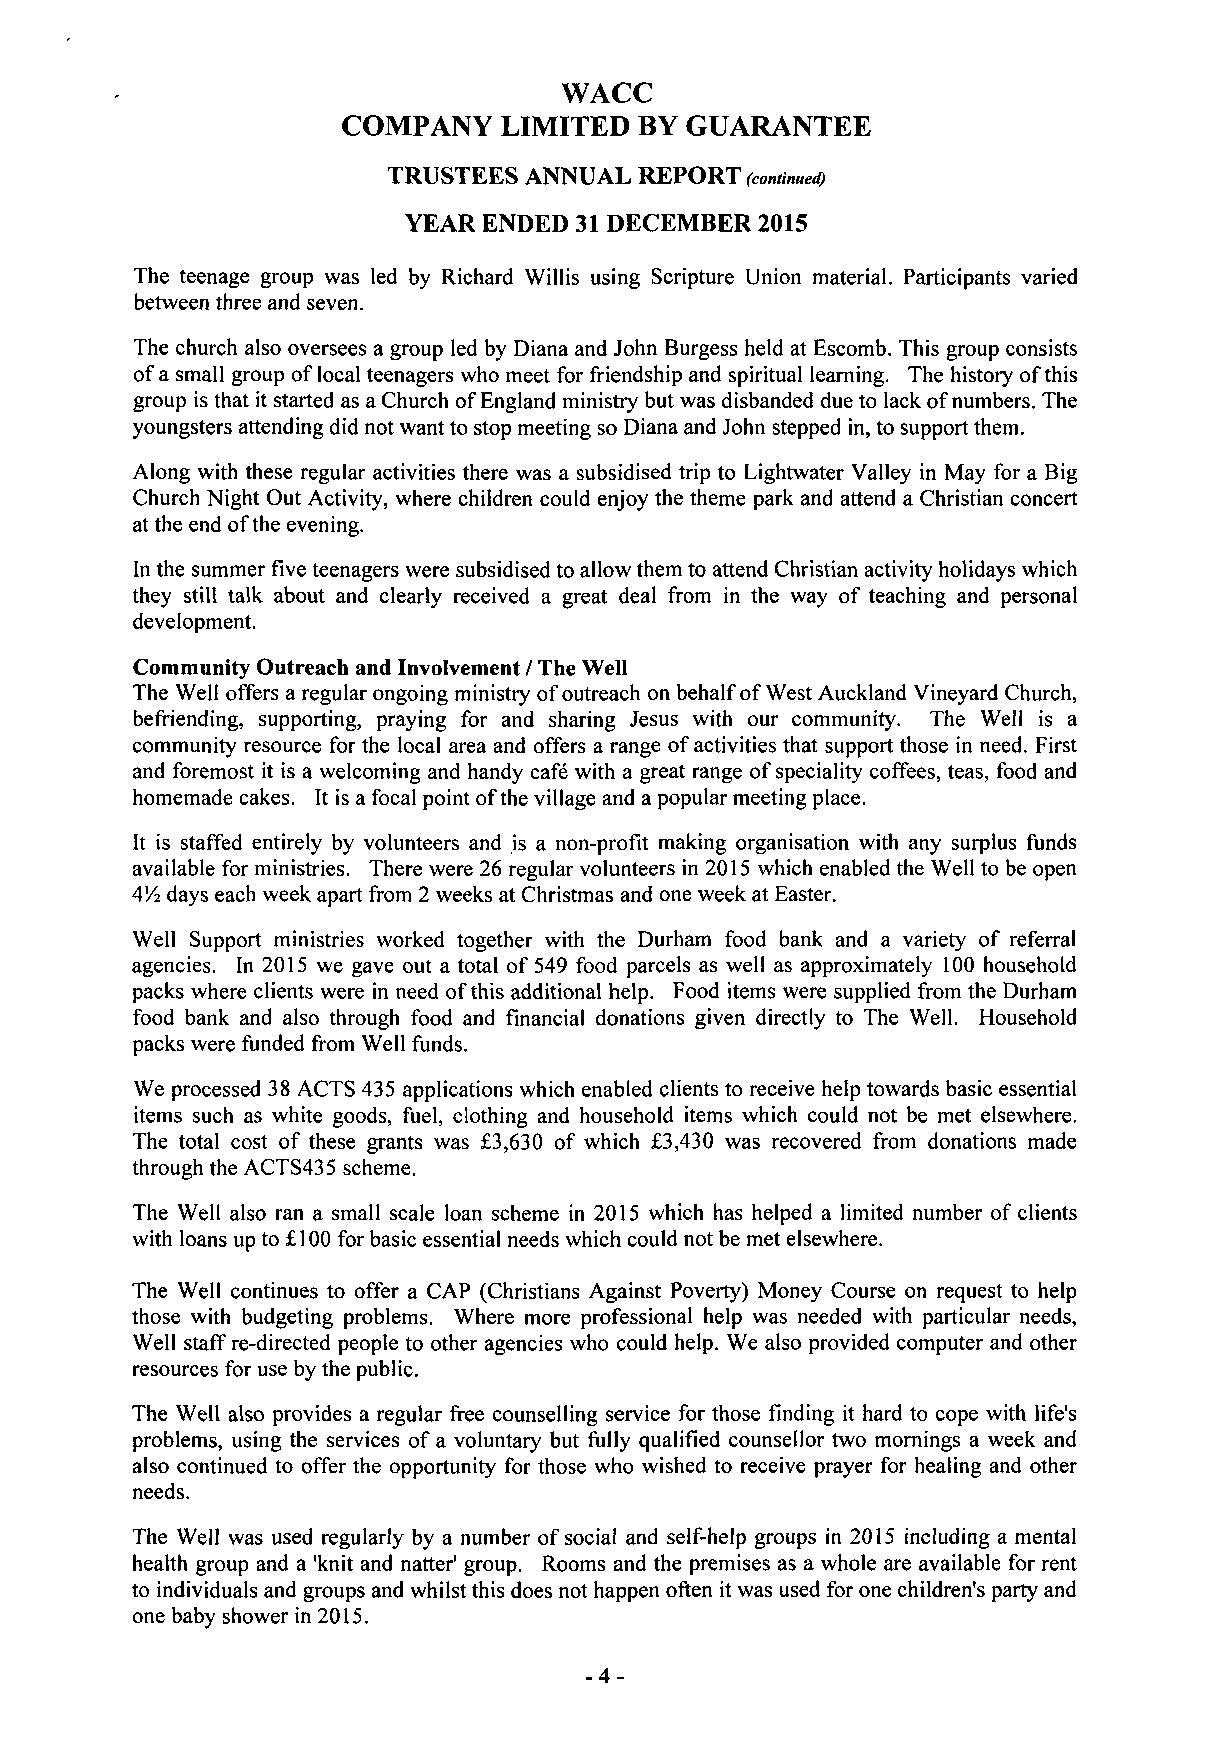
WACC
 COMPANY   LIMITED  BY GUARANTEE
 TRUSTEES ANNUAL REPORT (continued)
 YEAR ENDED 31 DECEMBER 2015
 The teenage group was led by Richard Willis using Scripture Union material. Participants varied
 between three and seven.
 The church also oversees a group led by Diana and John Burgess held at Escomb. This group consists
 of a small group of local teenagers who meet for friendship and spiritual learning. The history of this
 group is that it started as a Church ofEngland ministry but was disbanded due to lack of numbers. The
 youngsters attending did not want to stop meeting so Diana and John stepped in, to support them.
 Along with these regular activities there was a subsidised trip to Lightwater Valley in May for a Big
 Church Night Out Activity, where children could enjoy the theme park and attend a Christian concert
 at the end of the evening.
 In the summer five teenagers were subsidised to allow them to attend Christian activity holidays which
 they still talk about and clearly received a great deal from in the way of teaching and personal
 development.
 Community Outreach and Involvement / The Well
 The Well offers a regular ongoing ministry of outreach on behalf of West Auckland Vineyard Church,
 befriending, supporting, praying for and sharing Jesus with our community. The Well is a
 community resource for the local area and offers a range of activities that support those in need. First
 and foremost it is a welcoming and handy cafe with a great range of speciality coffees, teas, food and
 homemade cakes. It is a focal point of the village and a popular meeting place.
 It is staffed entirely by volunteers and is a non-profit making organisation with any surplus funds
 available for ministries. There were 26 regular volunteers in 2015 which enabled the Well to be open
 4/4 days each week apart from 2 weeks at Christmas and one week at Easter.
 Well Support ministries worked together with the Durham food bank and a variety of referral
 agencies. In 2015 we gave out a total of 549 food parcels as well as approximately 100 household
 packs where clients were in need of this additional help. Food items were supplied from the Durham
 food bank and also through food and financial donations given directly to The Well. Household
 packs were funded from Well funds.
 We processed 38 ACTS 435 applications which enabled clients to receive help towards basic essential
 items such as white goods, fuel, clothing and household items which could not be met elsewhere.
 The total cost of these grants was £3,630 of which £3,430 was recovered from donations made
 through the ACTS435 scheme.
 The Well also ran a small scale loan scheme in 2015 which has helped a limited number of clients
 with loans up to £100 for basic essential needs which could not be met elsewhere.
 The Well continues to offer a CAP (Christians Against Poverty) Money Course on request to help
 those with budgeting problems. Where more professional help was needed with particular needs,
 Well staff re-directed people to other agencies who could help. We also provided computer and other
 resources for use by the public.
 The Well also provides a regular free counselling service for those finding it hard to cope with life's
 problems, using the services of a voluntary but fully qualified counsellor two mornings a week and
 also continued to offer the opportunity for those who wished to receive prayer for healing and other
 needs.
 The Well was used regularly by a number of social and self-help groups in 2015 including a mental
 health group and a 'knit and natter' group. Rooms and the premises as a whole are available for rent
 to individuals and groups and whilst this does not happen often it was used for one children's party and
 one baby shower in 2015.
 -4-